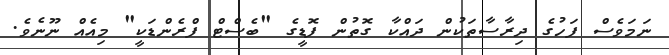
ނަމަވެސް ފަހުގެ ދިރާސާތަކުން ދައްކާ ގޮތުން ފޮޑީގެ "ބެސްޓް ފްރެންޑަކީ" މިއެއް ނޫނެވެ.